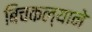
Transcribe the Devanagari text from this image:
बिचकल्याने